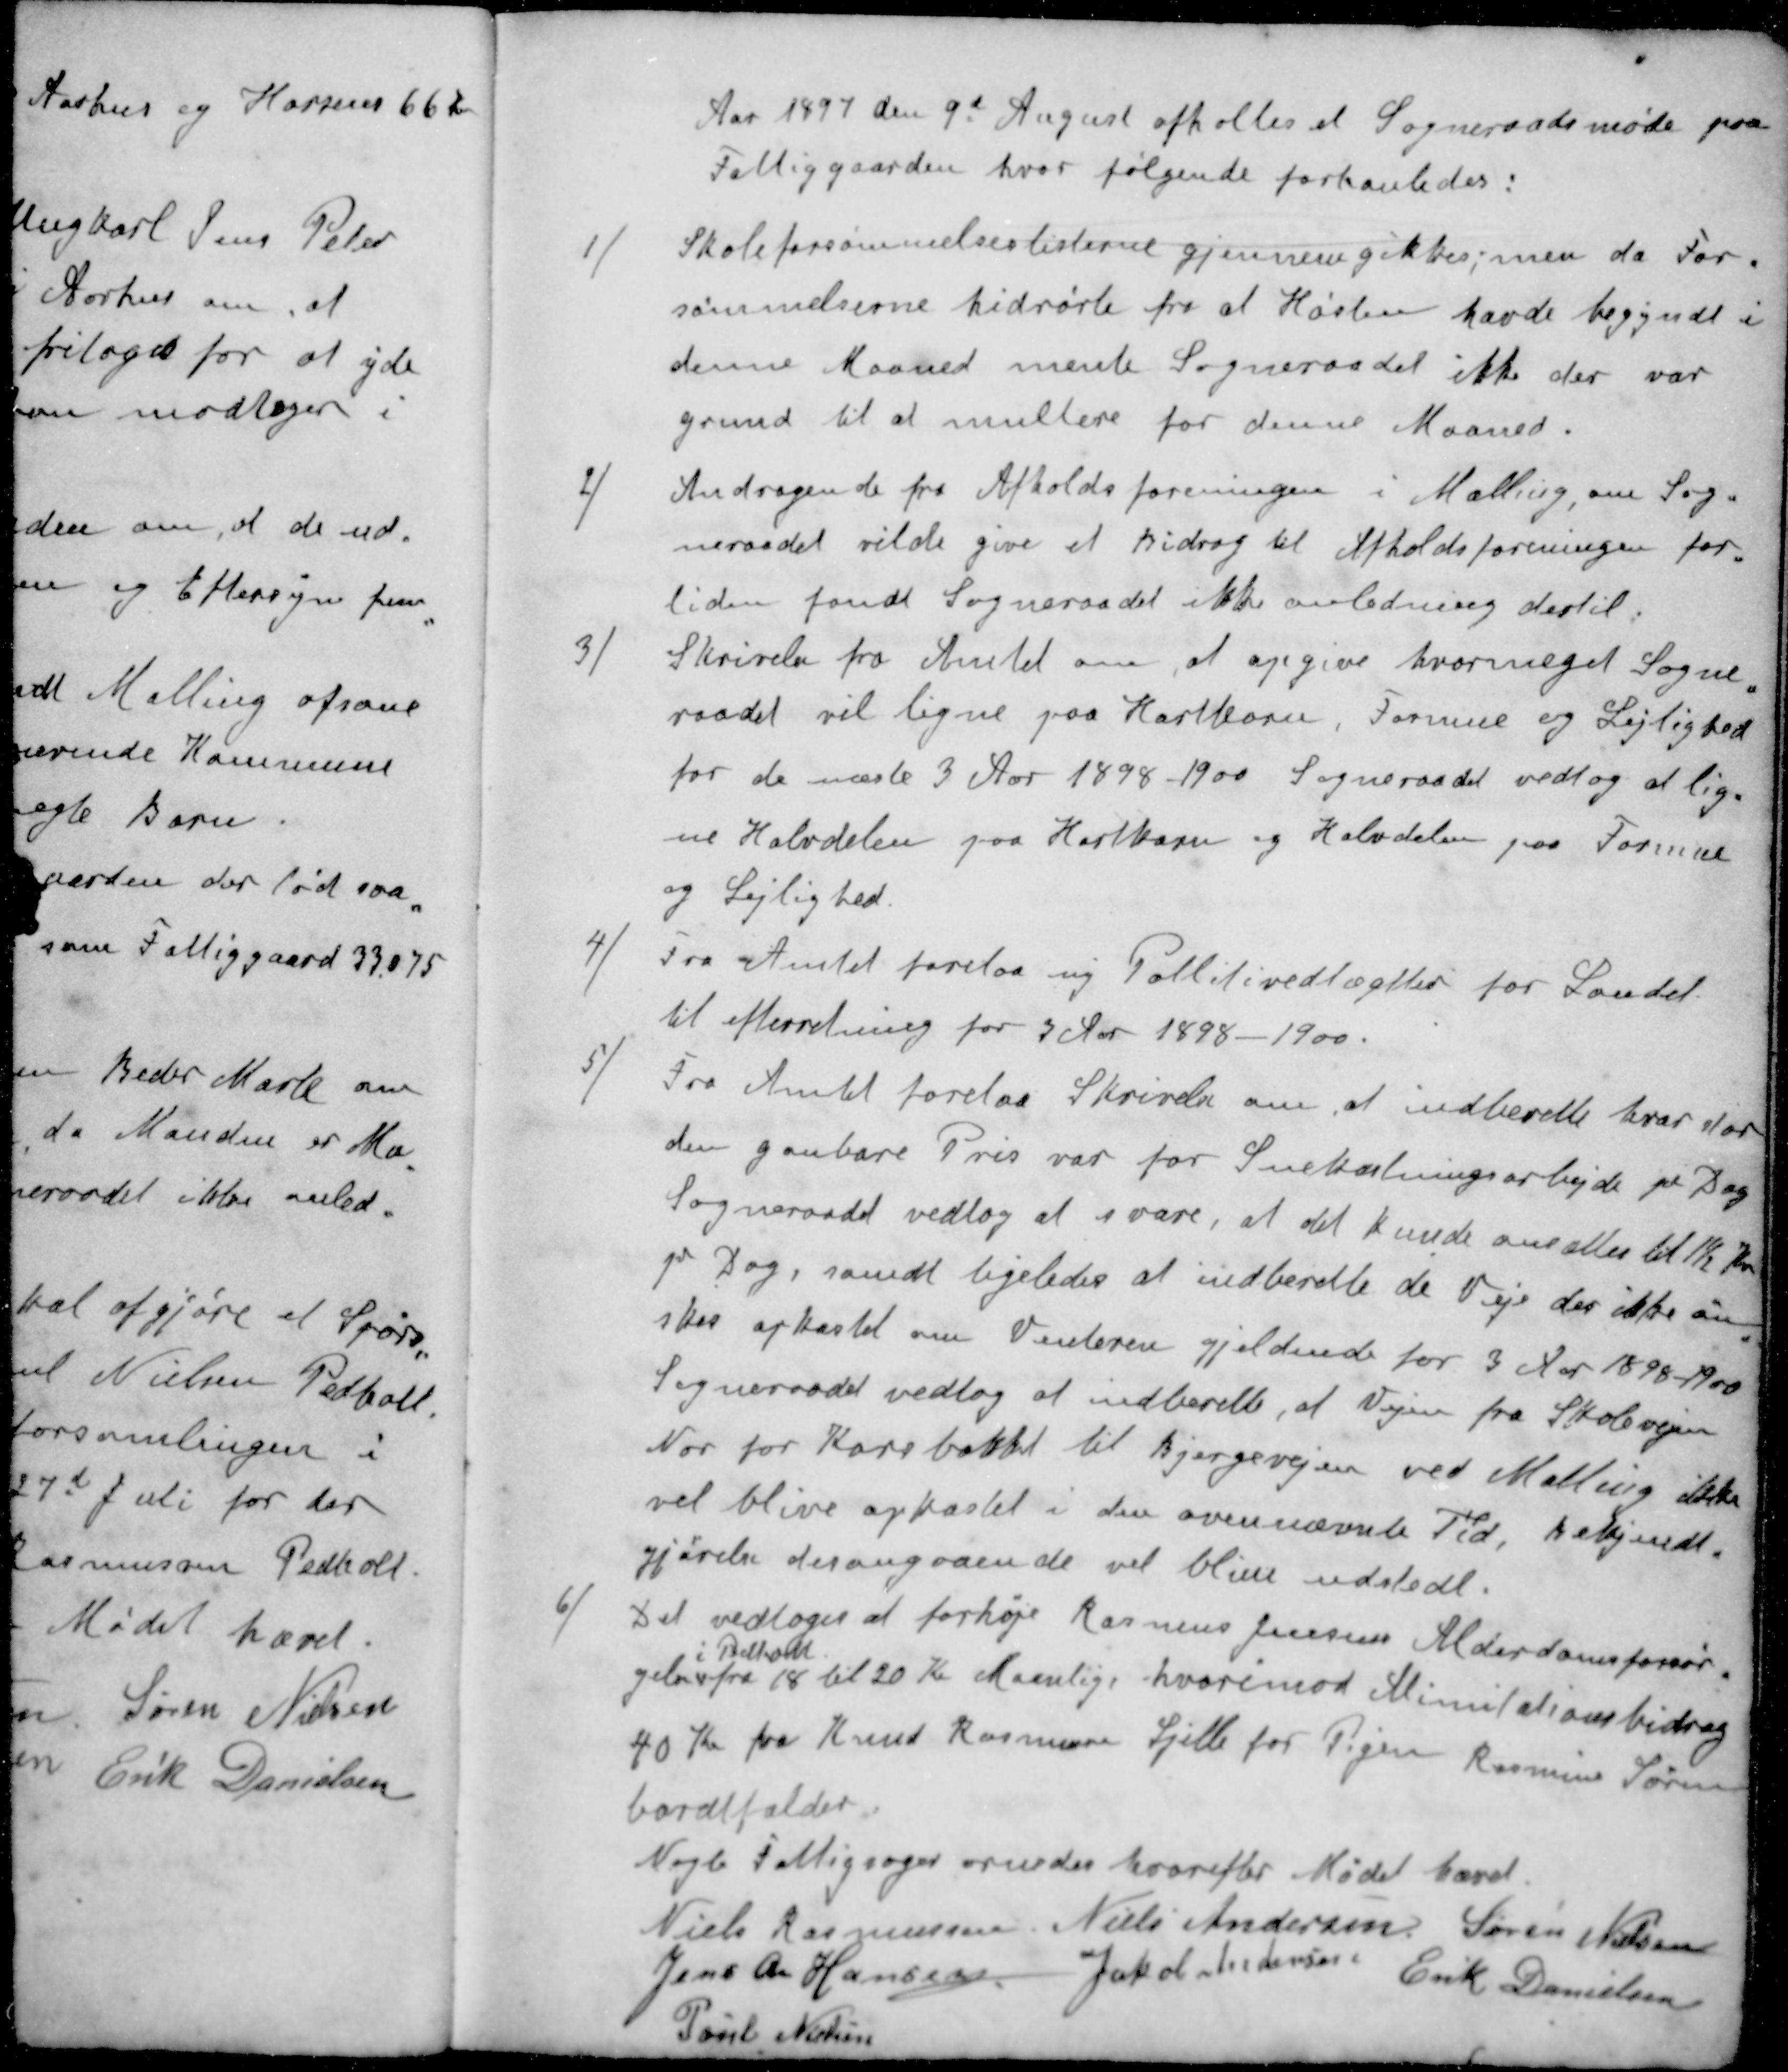
Transskription:
Aar 1897 den 9d August afholtes et Sogneraadsmøde paa
Fattiggaarden hvor følgende forhanledes:
1 ) Skoleforsømmelseslisterne gjennemgikkes; men da For-
sømmelserne hidrørte fra at Høsten havde begyndt i
denne Maaned mente Sogneraadet ikke der var
grund til at multere for denne Maaned.
2 ) Andragende fra Afholdsforeningen i Malling, om Sog-
neraadet vilde give et Bidrag til Afholdsforeningen for
tiden fandt Sogneraadet ikke anledning dertil.
3 ) Skrivelse fra Amtet om, at opgive hvormeget Sogne-
raadet vil ligne paa Hartkorn, Formue og Lejlighed
for de næste 3 Aar 1898 - 1900. Sogneraadet vedtog at lig-
ne Halvdelen paa Hartkorn og Halvdelen paa Formue
og Lejlighed.
4 ) Fra Amtet forelaa ny Politivedtægter for Landet
til efterretning for 3 Aar 1898-1900.
5 ) Fra Amtet forelaa Skrivelse om at indberette hvor stor
den ganbare Pris var for Snekastningsarbejde pr Dag
Sogneraadet vedtog at svare, at det kunde ansættes til 1½ Kr
1 Dag, samdt ligeledes at indberette de Veje der ikke øn-
sker opkastet om Vinteren gjeldende for 3 Aar 1898-1900
Sogneraadet vedtog at indberette, at Vejen fra Skolevejen
Nor for Karebakket til Bjergevejen ved Malling ikke
vil blive opkastet i den ovennævnte Tid, bekjendt-
gjørelse desangaaende vil blive udstedt.
6 ) Det vedtoges at forhøje Rasmus Jensens Alderdomsforsør-
i Pedholt
gelse fra 18 til 20 Kr Maanlig, hvorimod Alimitationsbidrag
40 Kr fra Knud Rasmussen Sjelle for Pigen Rasmine Søren
bordtfalder
Nogle Fattigsager ornedes hvorefter Mødet hævet.
Niels Rasmussen
Niels Andersen
Søren Nielsen
Jens Chr Hansen
Jakob Andersen
Erik Danielsen
Poul Nielsen